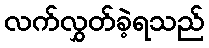
လက်လွှတ်ခဲ့ရသည်